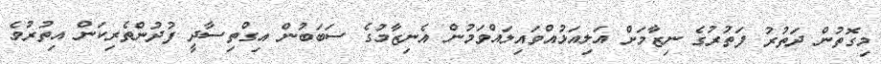
މިގޮތުން ދަތުރު ފަތުރުގެ ނިޒާމަށް އަލިއަޅުއްވައިލައްވަމުން އެނިޒާމުގެ ސަބަބުން އިގްތިސާދީ ފުދުންތެރިކަން އިތުރުވެ